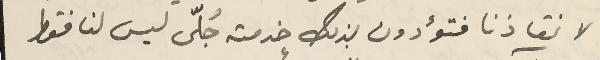
لانقاذنا فتؤدون بذلك خدمة جُلّى ليس لنا فقط